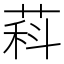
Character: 萪